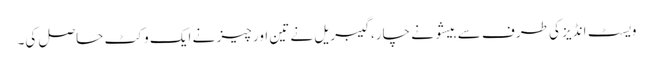
ویسٹ انڈیز کی طرف سے بیشو نے چار، گیبریل نے تین اور چیز نے ایک وکٹ حاصل کی۔